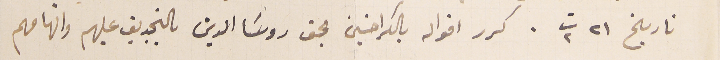
تاريخ ٢١ ت٢. كرر اقواله بالكراخين بحق روسَا الدين بالتجديف عليهم واتهامهم